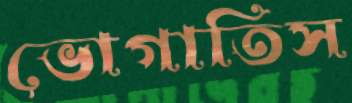
ভোগাতিস